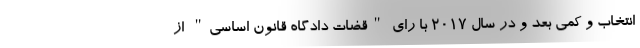
انتخاب و کمی بعد و در سال 2017 با رای "قضات دادگاه قانون اساسی" از